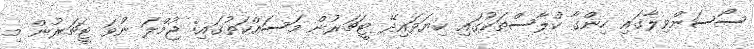
ސޯސަންވިލާގައި ހިންގާ ކްލާސްތަކުގައި ކިޔަވައިދޭ ޓީޗަރުން މަސައްކަތުގައި: ޖުމްލަ ނުވަ ޓީޗަރުން މި